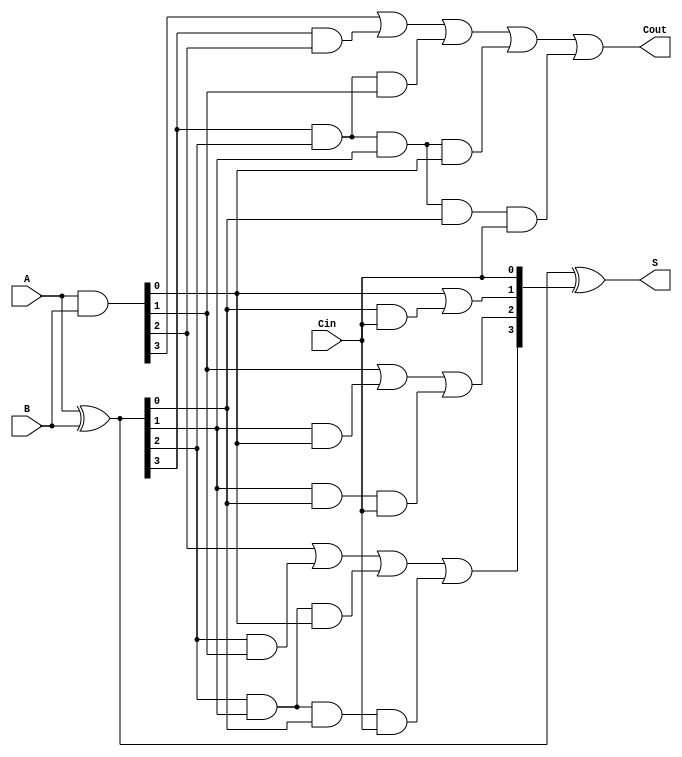
//4bit CSA sub_adder
module CSA_sub_adder(
    input [3:0] A,
    input [3:0] B,
    input Cin,
    output [3:0] S,
    output Cout
);

wire [3:0] G;
wire [3:0] P;
wire [4:0] C;

assign G = A & B;

assign P = A ^ B;

assign C[0] = Cin;
assign C[1] = G[0] | (P[0]&C[0]);
assign C[2] = G[1] | (P[1]&G[0]) | (P[1]&P[0]&C[0]);
assign C[3] = G[2] | (P[2]&G[1]) | (P[2]&P[1]&G[0]) | (P[2]&P[1]&P[0]&C[0]);
assign C[4] = G[3] | (P[3]&G[2]) | (P[3]&P[2]&G[1]) | (P[3]&P[2]&P[1]&G[0]) | (P[3]&P[2]&P[1]&P[0]&C[0]);

assign S = P ^ C[3:0];

assign Cout = C[4];

endmodule

/*
test case:
A B Cin S Cout
1 1 0 2 0
1 1 1 3 0
2 7 0 9 0
7 2 1 10 0
9 8 1 3 1
*/